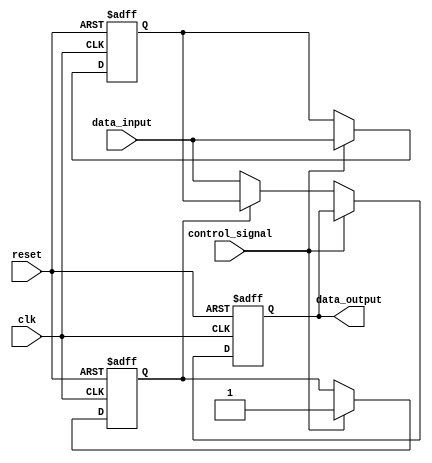
module hold_condition (
    input wire clk,                // Clock signal
    input wire reset,              // Reset signal
    input wire control_signal,      // Control signal to enable hold condition
    input wire data_input,          // Data input to be held
    output reg data_output          // Data output reflecting held value
);

    reg hold_state;                // Internal state to indicate hold condition
    reg data_held;                 // Register to hold the captured data

    always @(posedge clk or posedge reset) begin
        if (reset) begin
            // Reset condition: clear held value and output
            data_output <= 1'b0;
            hold_state <= 1'b0;
            data_held <= 1'b0;
        end else begin
            if (control_signal) begin
                // Capture the data input when control signal is asserted
                data_held <= data_input;
                hold_state <= 1'b1; // Set hold state
            end else if (hold_state) begin
                // Maintain the held value when in hold state
                data_output <= data_held;
            end else begin
                // Follow the data input when not in hold state
                data_output <= data_input;
            end
        end
    end

endmodule